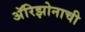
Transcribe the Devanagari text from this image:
अॅरिझोनाची